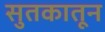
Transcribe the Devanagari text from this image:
सुतकातून